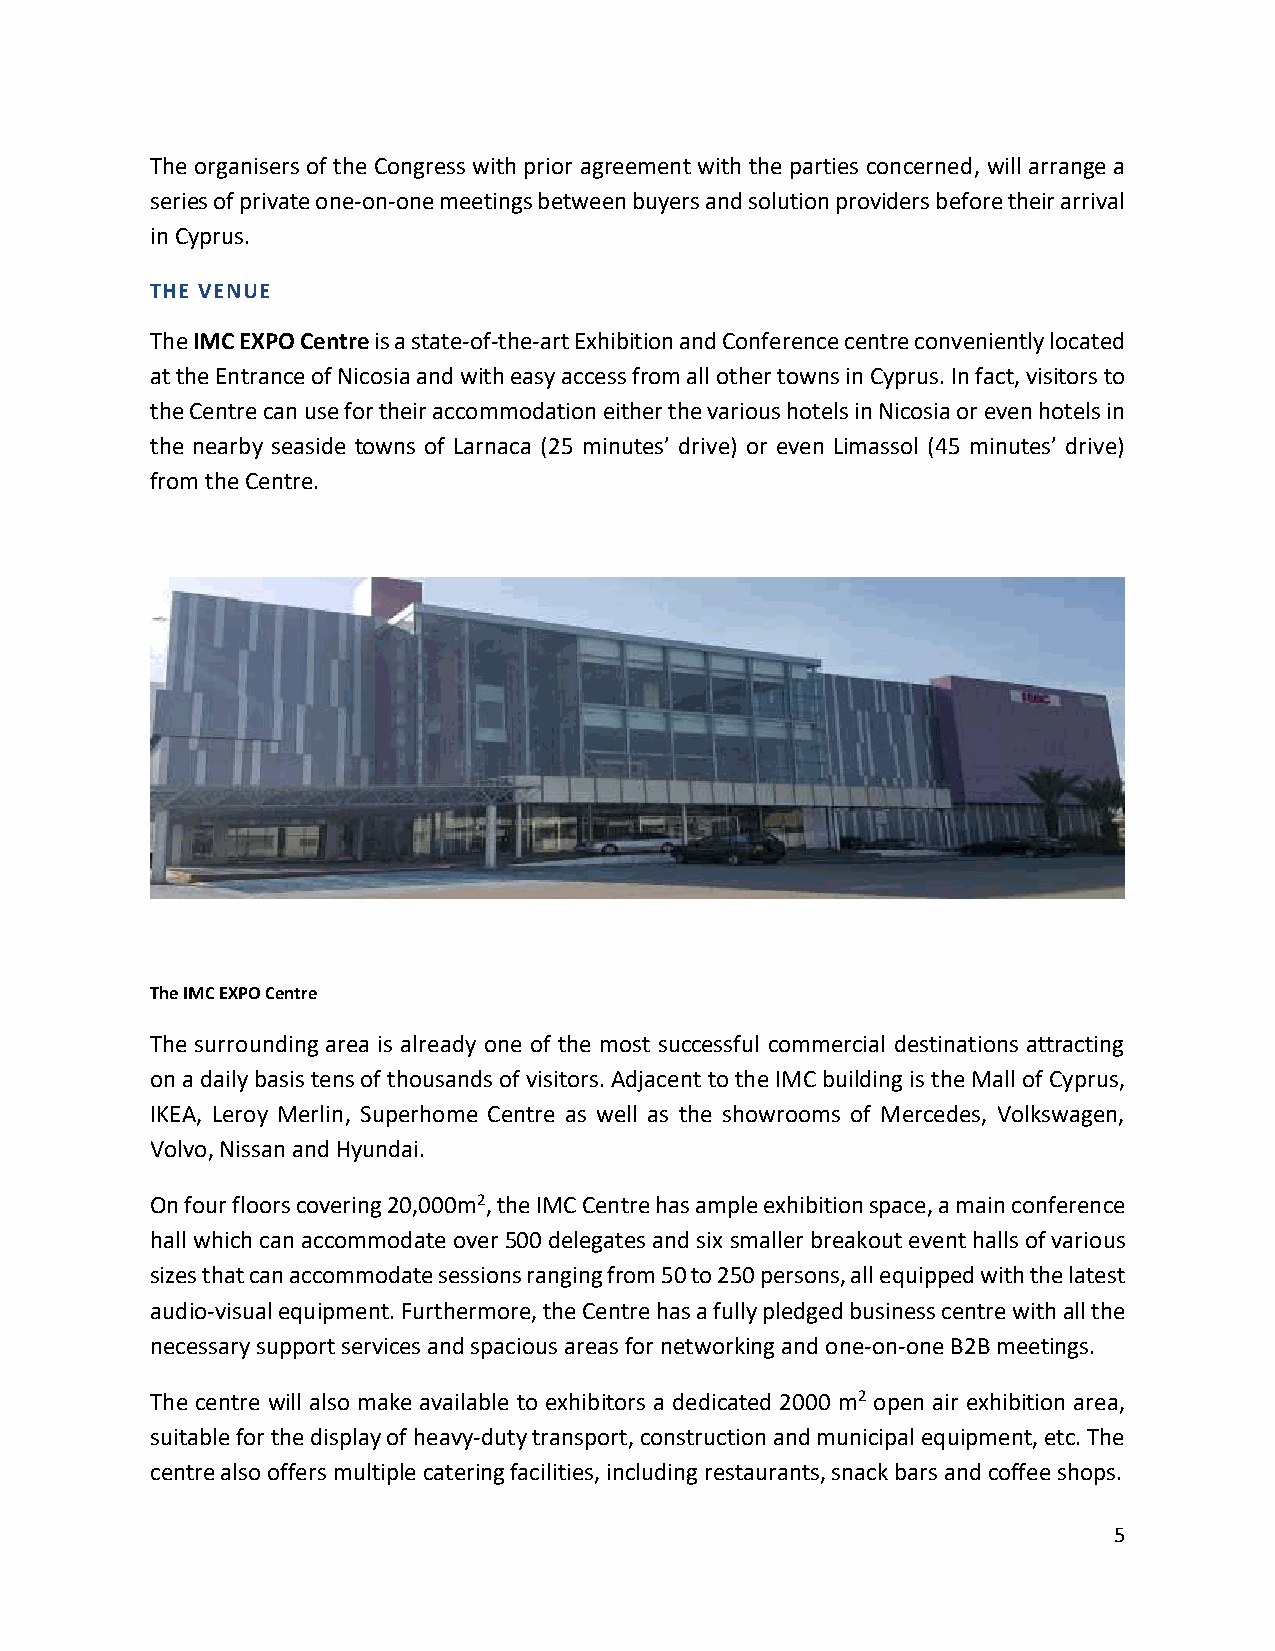
The organisers of the Congress with prior agreement with the parties concerned, will arrange a
 series of private one-on-one meetings between buyers and solution providers before their arrival
 in Cyprus.
 THE VENUE
 The IMC EXPO Centre is a state-of-the-art Exhibition and Conference centre conveniently located
 at the Entrance of Nicosia and with easy access from all other towns in Cyprus. In fact, visitors to
 the Centre can use for their accommodation either the various hotels in Nicosia or even hotels in
 the nearby seaside towns of Larnaca (25 minutes’ drive) or even Limassol (45 minutes’ drive)
 from the Centre.
 The IMC EXPO Centre
 The surrounding area is already one of the most successful commercial destinations attracting
 on a daily basis tens of thousands of visitors. Adjacent to the IMC building is the Mall of Cyprus,
 IKEA, Leroy Merlin, Superhome Centre as well as the showrooms of Mercedes, Volkswagen,
 Volvo, Nissan and Hyundai.
 On four floors covering 20,000m2, the IMC Centre has ample exhibition space, a main conference
 hall which can accommodate over 500 delegates and six smaller breakout event halls of various
 sizes that can accommodate sessions ranging from 50 to 250 persons, all equipped with the latest
 audio-visual equipment. Furthermore, the Centre has a fully pledged business centre with all the
 necessary support services and spacious areas for networking and one-on-one B2B meetings.
 The centre will also make available to exhibitors a dedicated 2000 m2 open air exhibition area,
 suitable for the display of heavy-duty transport, construction and municipal equipment, etc. The
 centre also offers multiple catering facilities, including restaurants, snack bars and coffee shops.
 5